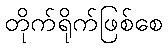
တိုက်ရိုက်ဖြစ်စေ